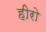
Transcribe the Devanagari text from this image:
हीरो